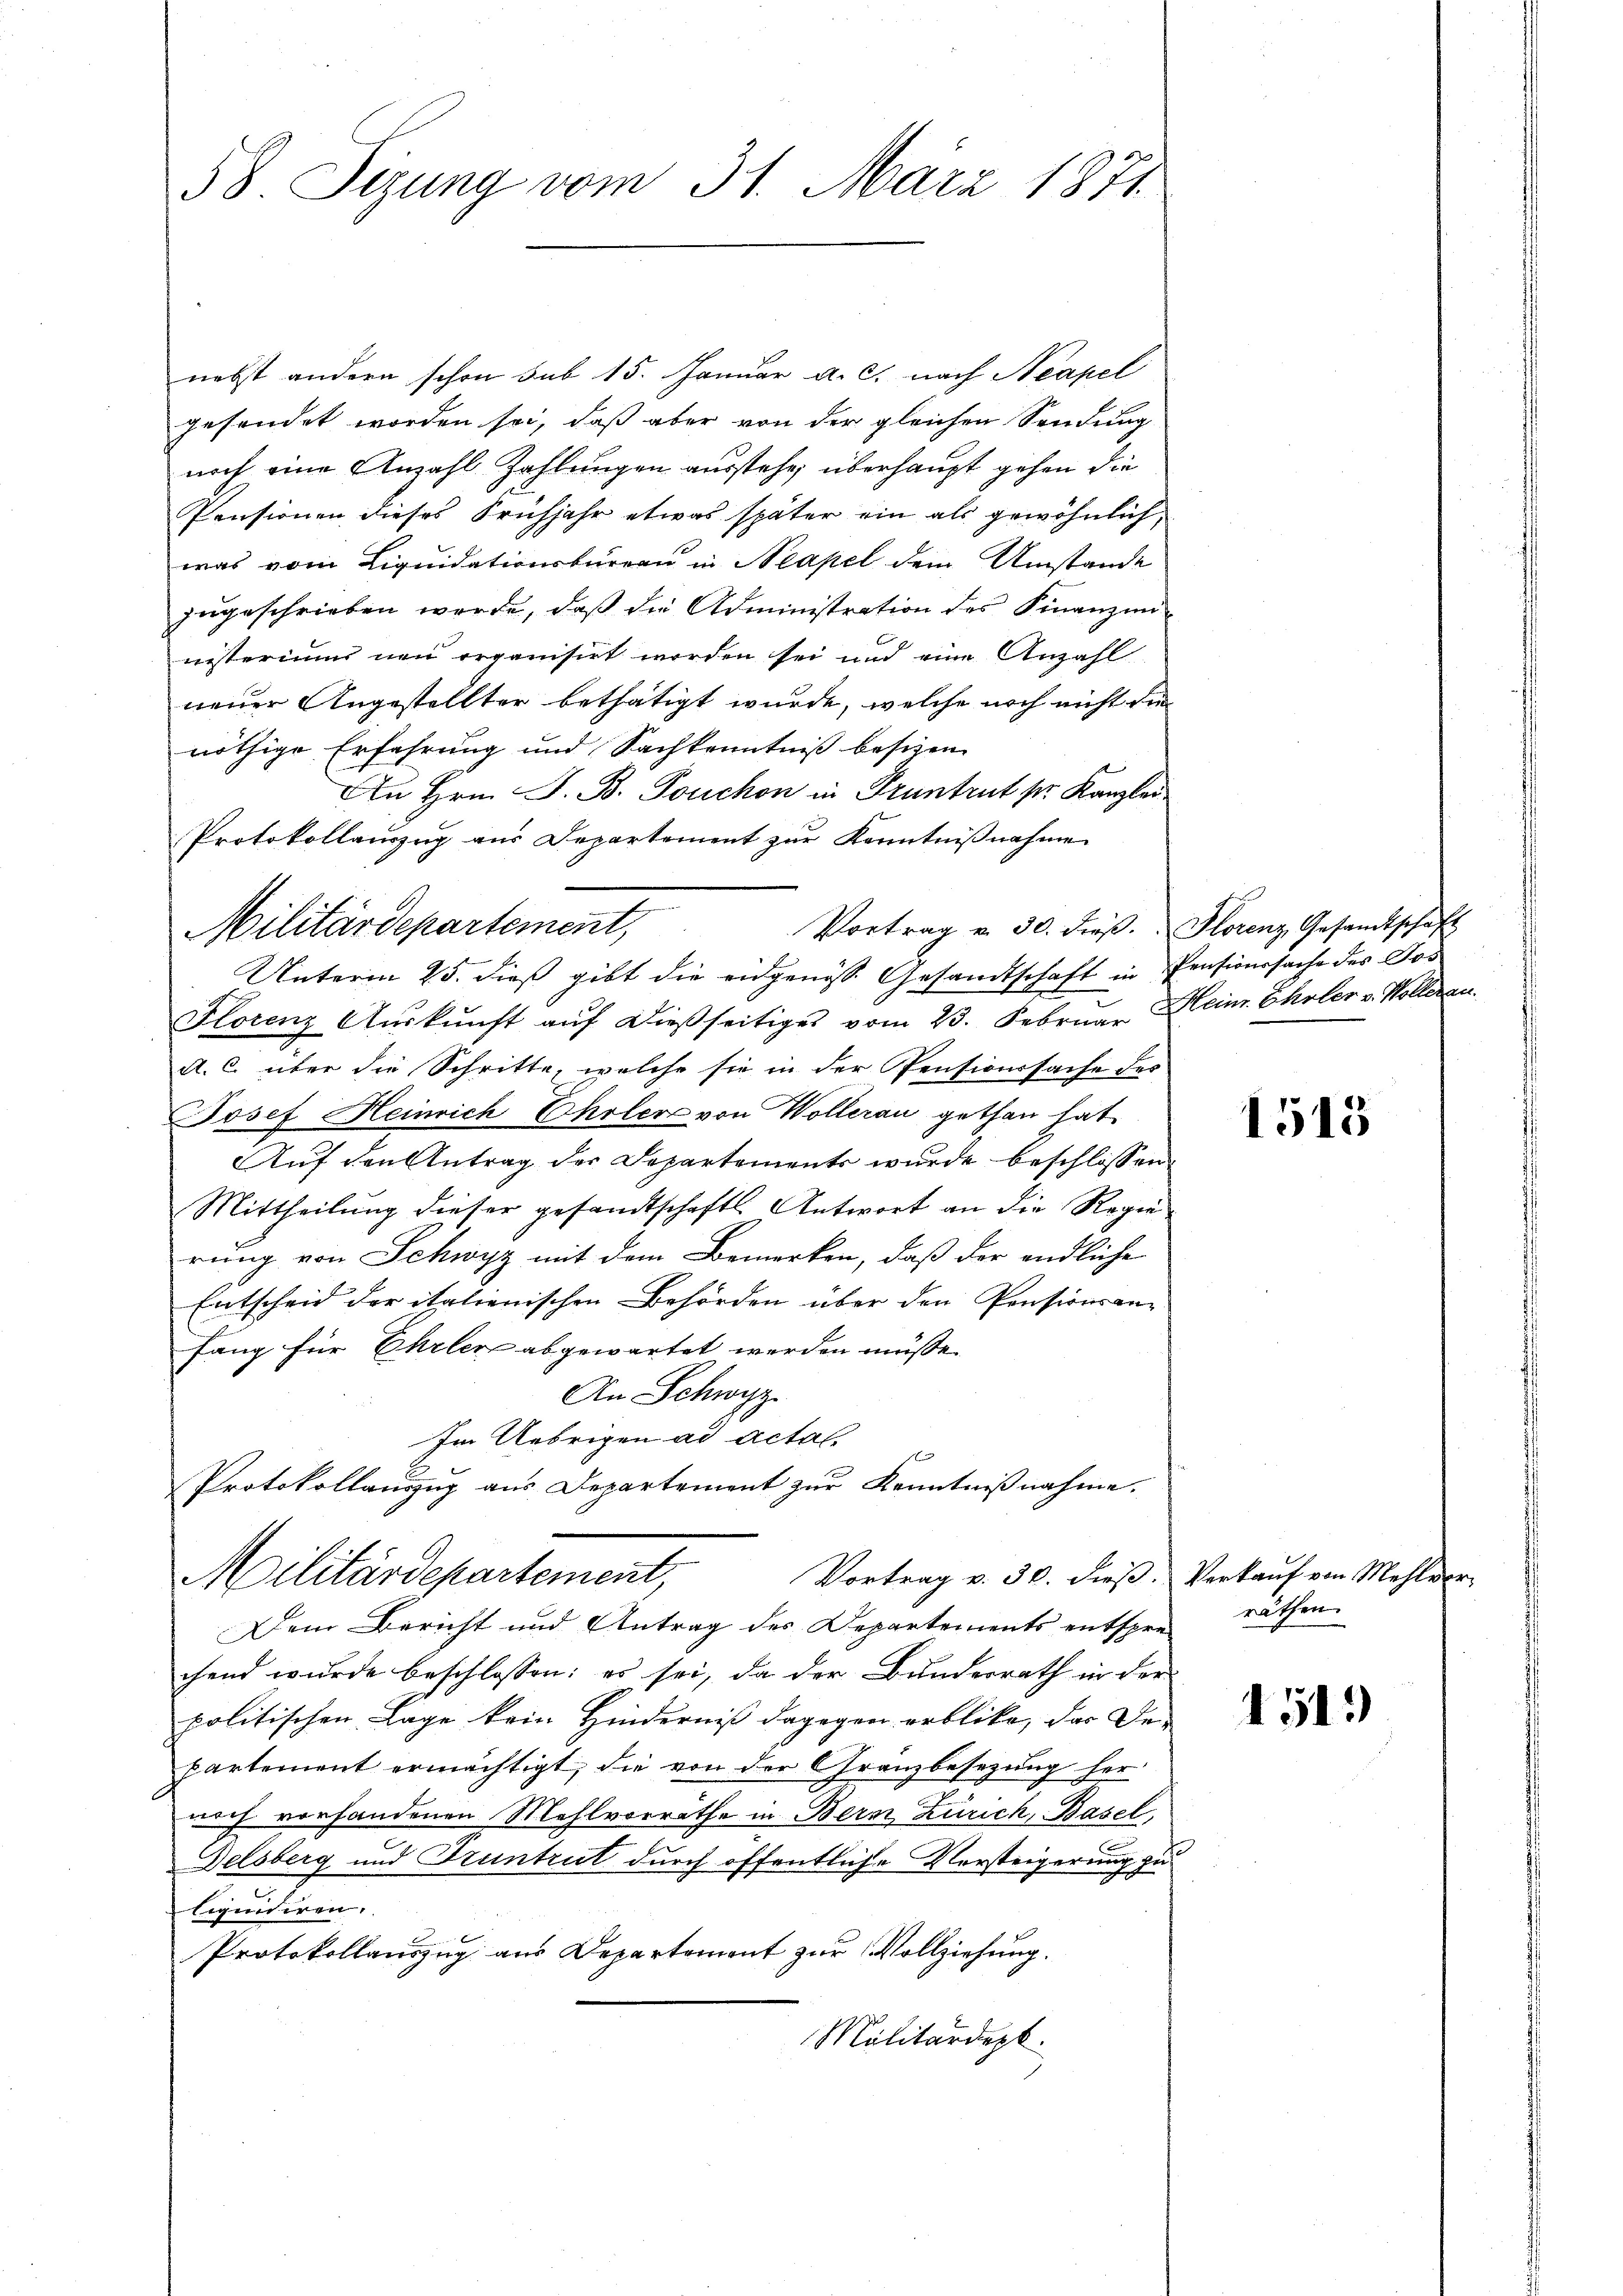
58. Sizung vom 31. März 1871.

nebst andern schon sub 15. Januar a. c. nach Neapel
gesendet worden sei, daß aber von der gleichen Sendung
noch eine Anzahl Zahlungen ausstehe, überhaupt gehen die
Pensionen dieses Frühjahr etwas später ein als gewöhnlich,
was vom Liquidationsbüreau in Neapel dem Umstande
zugeschrieben werde, daß die Administration des Finanzennisterium non organisirt worden sei und eine Anzahl
neuer Angestellter bethätigt wurde, welche noch nicht die
nöthige Erfahrung und Sachkenntniß besizen
An Hrn. J. B. Touchon in Pruntrut pr. Kanzlei
Protokollauszug aus Departement zur Kenntnißnahme
Vortrag u. 30. dieβ. Florenz, Gesandtschaft
Unterm 25. dieß gibt die eidgenöss. Gesandtschaft in Pensionssache des Jos
Florenz Aŭskŭnft aŭf dießseitiges vom 23. Februar Mein Ehrler v. Wolleran
A. C. über die Schritte, welche sie in der Pensionssache des
Josef Heinrich Choler von Wollerau gethan hat.
Aŭf den Antrag der Departements wurde beschlossen:
Mittheilung dieser gesandtschaftl. Antwort an die Regierung von Schwyz mit dem Bemerken, daß der endliche
Entscheid der italienischen Behörden über den Pensionsanfang für Eheler abgewartet werden müsse.
An Schwyz.
Im Uebrigen ad actal.
Protokollanzzug aus Departement zur Kenntnißnahme.

Militärdepartement,

Militärdepartement,

Dem Bericht und Antrag des Departements entsprechend wurde beschlossen: es sei, da der Bundesrath in der
politischen Lage kein Hinderniß dagegen erblicke, der De
partement ermächtigt, die von der Gränzbesezung her
noch vorhandenen Mehlvorräthe in Bern Zürich, Basel,
e
Delsberg und Fruntrut durch öffentliche Versteigerung zu
liquidiren.
Protokollauszug aus Departement zur Vollziehung.
Militärdept.

Vortrag v. 30. dieβ. Verkaŭf von Mehlvor-

1515

räthen.

1513)